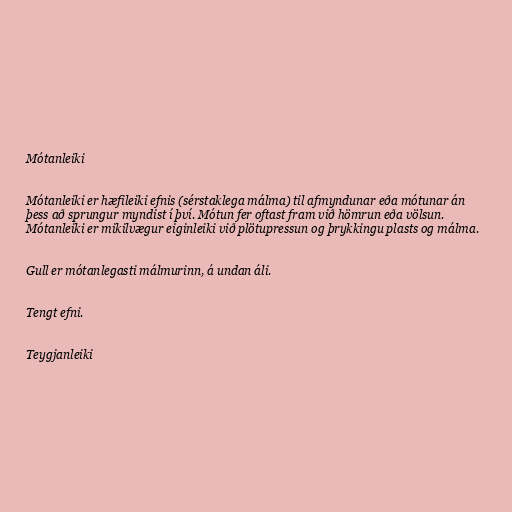
Mótanleiki

Mótanleiki er hæfileiki efnis (sérstaklega málma) til afmyndunar eða mótunar án
þess að sprungur myndist í því. Mótun fer oftast fram við hömrun eða völsun.
Mótanleiki er mikilvægur eiginleiki við plötupressun og þrykkingu plasts og málma.

Gull er mótanlegasti málmurinn, á undan áli.

Tengt efni.

Teygjanleiki